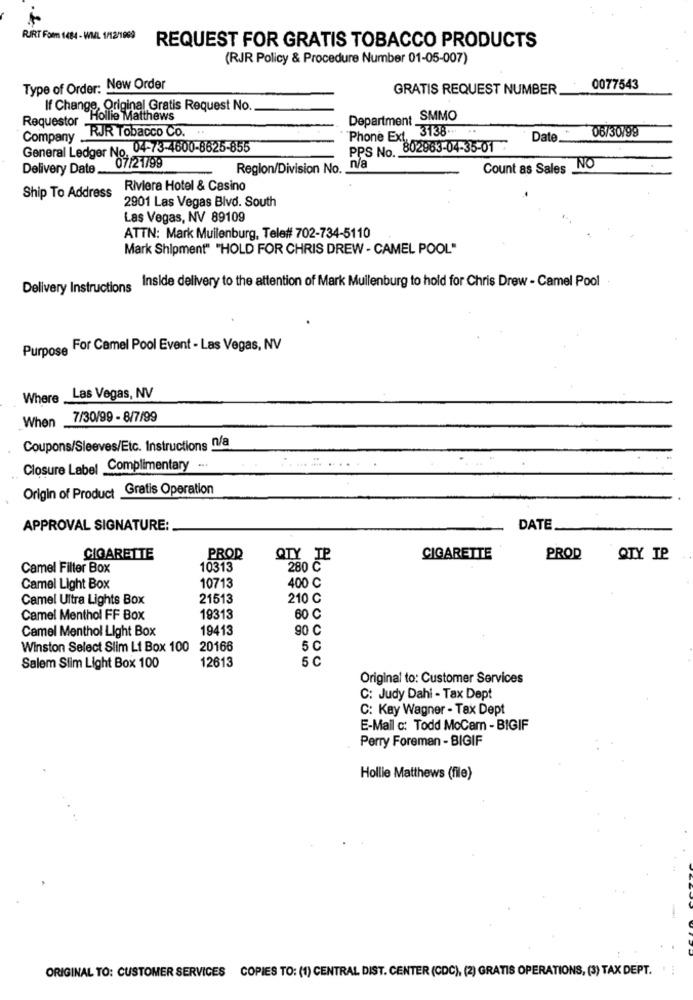
RIRT Form 1484 - WML 1/12/1969
REQUEST FOR GRATIS TOBACCO PRODUCTS
(RJR Policy & Procedure Number 01-05-007)
Type of Order: New Order
GRATIS REQUEST NUMBER
0077543
If Change, Original Gratis Request No.
Requestor
Hollie Matthews
Department SMMO
RJR Tobacco Co.
Phone Ext, 3138 ... ..
Company _
Date
06/30199
General Ledger No, 04-73-4600-8625-855
PPS No. 802963-04-35-01 7
Delivery Date
07/21/99
Region/Division No.
Count as Sales
NO
Riviera Hotel & Casino
Ship To Address
2901 Las Vegas Blvd. South
Las Vegas, NV 89109
ATTN: Mark Muilenburg, Tele# 702-734-5110
Mark Shipment" "HOLD FOR CHRIS DREW - CAMEL POOL"
Delivery Instructions
Inside delivery to the attention of Mark Muilenburg to hold for Chris Drew - Camel Pool
Purpose For Camel Pool Event - Las Vegas, NV
Where
Las Vegas, NV
When
7/30/99 - 8/7/99
Coupons/Sleeves/Etc. Instructions n/a
Closure Label Complimentary
Origin of Product Gratis Operation
APPROVAL SIGNATURE:
DATE.
CIGARETTE
PROD
QTY IP
CIGARETTE
PROD
QTY IP
Camel Filter Box
10313
280 ℃
10713
Camel Light Box
400 C
Camel Ultra Lights Box
21513
210 C
Camel Menthol FF Box
19313
60 C
Camel Menthol Light Box
19413
90 C
Winston Select Slim Li Box 100 20166
5 C
12613
5 C
Salem Slim Light Box 100
Original to: Customer Services
C: Judy Dahi - Tax Dept
C: Kay Wagner - Tax Dept
E-Mail c: Todd MoCam - BIGIF
Perry Foreman - BIGIF
Hollie Matthews (file)
ORIGINAL TO: CUSTOMER SERVICES COPIES TO: (1) CENTRAL DIST. CENTER (CDC), (2) GRATIS OPERATIONS, (3) TAX DEPT. '